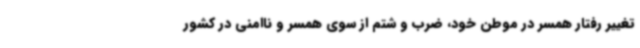
تغییر رفتار همسر در موطن خود، ضرب و شتم از سوی همسر و ناامنی در کشور